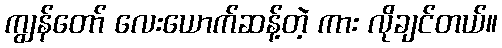
ကျွန်တော် လေးယောက်ဆန့်တဲ့ ကား လိုချင်တယ်။